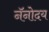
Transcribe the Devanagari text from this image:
नॅनोदय